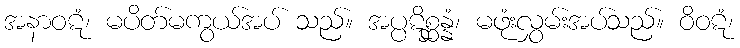
အနာဝဋံ၊ မပိတ်မကွယ်အပ် သည်။ အပ္ပဋိစ္ဆန္နံ၊ မဖုံးလွှမ်းအပ်သည်။ ဝိဝဋံ၊